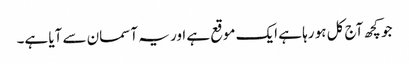
جو کچھ آج کل ہو رہا ہے ایک موقع ہے اور یہ آسمان سے آیا ہے۔